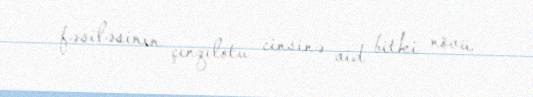
fəsiləsinin çınqılotu cinsinə aid bitki növü.